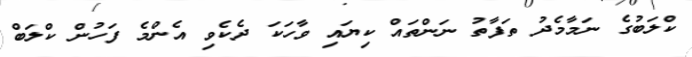
ކްލަބުގެ ނަމާމެދު ތަފާތު ނަންތައް ކިޔައި ވާހަކަ ދެކެވި އެންމެ ފަހުން ކްލަބް